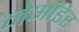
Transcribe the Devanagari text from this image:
नेआंडेर